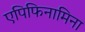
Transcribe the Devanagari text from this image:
एपिफिनामिना